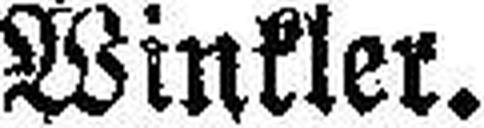
Winkler.